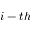
i - t h